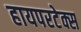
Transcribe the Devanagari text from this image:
हायपरटेक्स